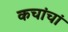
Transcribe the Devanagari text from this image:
कचांचां